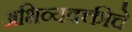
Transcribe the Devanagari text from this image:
अभिव्यक्क्तीचे